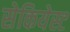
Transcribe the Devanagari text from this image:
सेकियेस्ट